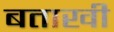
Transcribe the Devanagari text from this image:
बताखी